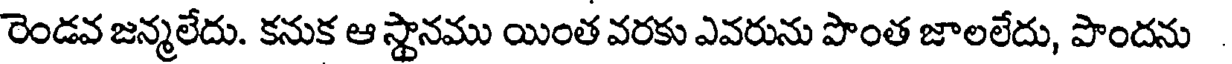
రెండవ జన్మలేదు. కనుక ఆ స్థానము యింత వరకు ఎవరును పొంత జాలలేదు, పొందను